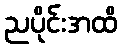
ညပိုင်းအထိ